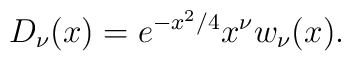
D_\nu(x)=e^{-x^2/4}x^\nu w_\nu(x).